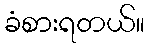
ခံစားရတယ်။